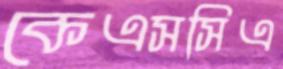
কেএসসিএ